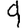
Digit: 9